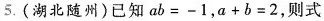
5.(湖北随州)已知$$a b = -1$$，$$a + b = 2$$，则式